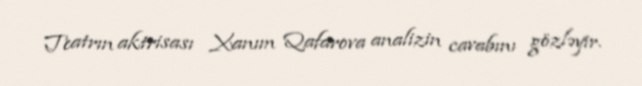
Teatrın aktrisası Xanım Qafarova analizin cavabını gözləyir.